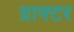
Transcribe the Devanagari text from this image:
ग्राफ्टर